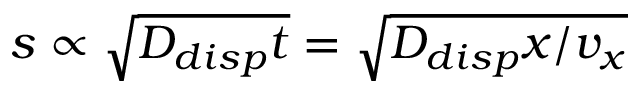
s \propto \sqrt { D _ { d i s p } t } = \sqrt { D _ { d i s p } x / v _ { x } }